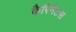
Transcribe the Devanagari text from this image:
कैरिनैटस